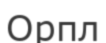
Орпл